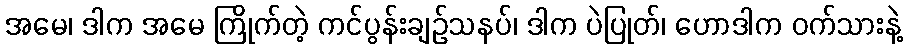
အမေ၊ ဒါက အမေ ကြိုက်တဲ့ ကင်ပွန်းချဉ်သနပ်၊ ဒါက ပဲပြုတ်၊ ဟောဒါက ဝက်သားနဲ့